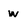
Character: w